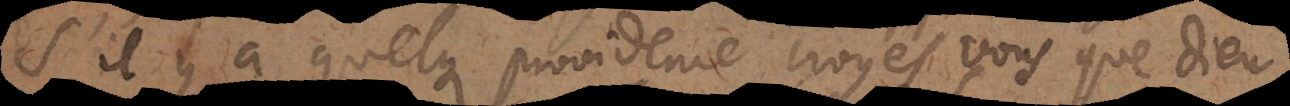
S’il y a quelque providence croyés vous que Dieu